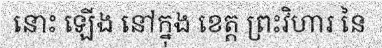
នោះ ឡើង នៅក្នុង ខេត្ត ព្រះវិហារ នៃ